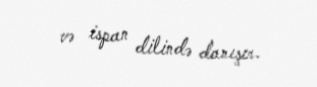
və ispan dilində danışır.